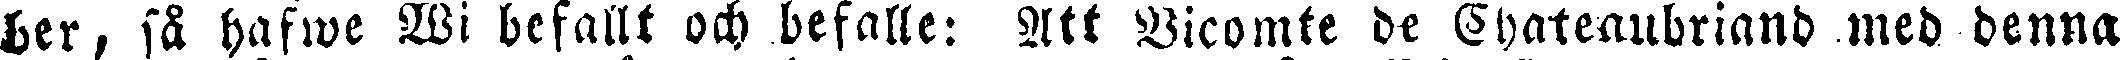
ber, så hafwe Wi befallt och befalle: Att Vicomte dt Cha^enubriand med denna